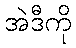
အဲဒီကို